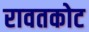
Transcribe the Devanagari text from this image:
रावतकोट